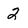
Character: 2